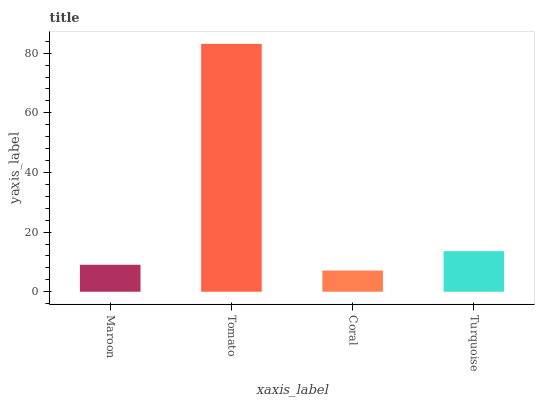
| xaxis_label | bars |
 | --- | --- |
 | Maroon | 9.06 |
 | Tomato | 83.1 |
 | Coral | 7.11 |
 | Turquoise | 13.6 |